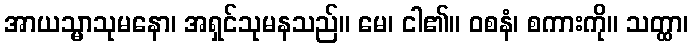
အာယသ္မာသုမနော၊ အရှင်သုမနသည်။ မေ၊ ငါ၏။ ဝစနံ၊ စကားကို။ သတ္ထာ၊